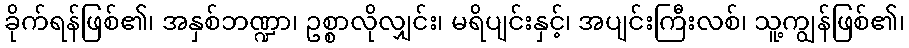
ခိုက်ရန်ဖြစ်၏၊ အနှစ်ဘဏ္ဍာ၊ ဥစ္စာလိုလျှင်း၊ မရိပျင်းနှင့်၊ အပျင်းကြီးလစ်၊ သူ့ကျွန်ဖြစ်၏၊